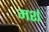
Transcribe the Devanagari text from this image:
मर्श